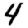
Digit: 4